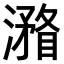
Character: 𣿧